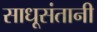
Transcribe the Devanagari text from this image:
साधूसंतानी